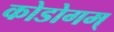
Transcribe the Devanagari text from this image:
कोडोगम्